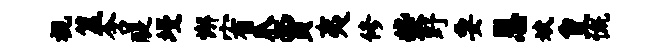
视筮含醍墁懈宥爪贾夷修柴野要恩斌皇慨